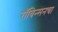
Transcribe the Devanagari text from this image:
रॉबिन्सनचा